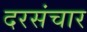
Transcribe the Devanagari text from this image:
दरसंचार